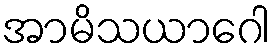
အာမိသယာဂေါ